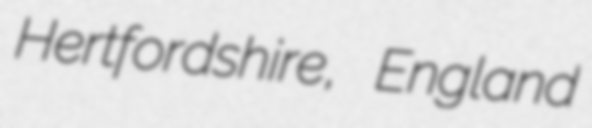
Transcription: Hertfordshire, England